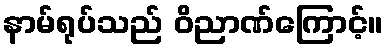
နာမ်ရုပ်သည် ဝိညာဏ်ကြောင့်။